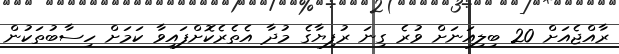
ރާއްޖެއަށް 20 ބިލިއަަނަށް ވުރެ ގިނަ ރުފިޔާގެ މުދާ އެތެރެކޮށްފައިވާ ކަމަށް ހިސާބުތަކުން